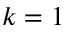
k = 1